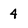
Character: 4